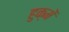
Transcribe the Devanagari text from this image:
हुक्में